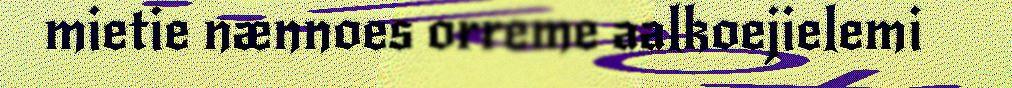
mietie nænnoes orreme aalkoejielemi